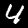
Label: 4